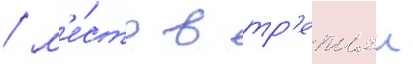
/ м'е́сто в тр'етьеи